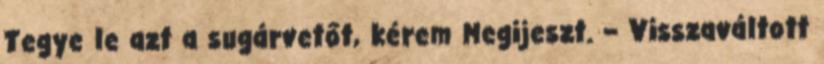
Tegye le azt a sugárvetőt, kérem Megijeszt. – Visszaváltott